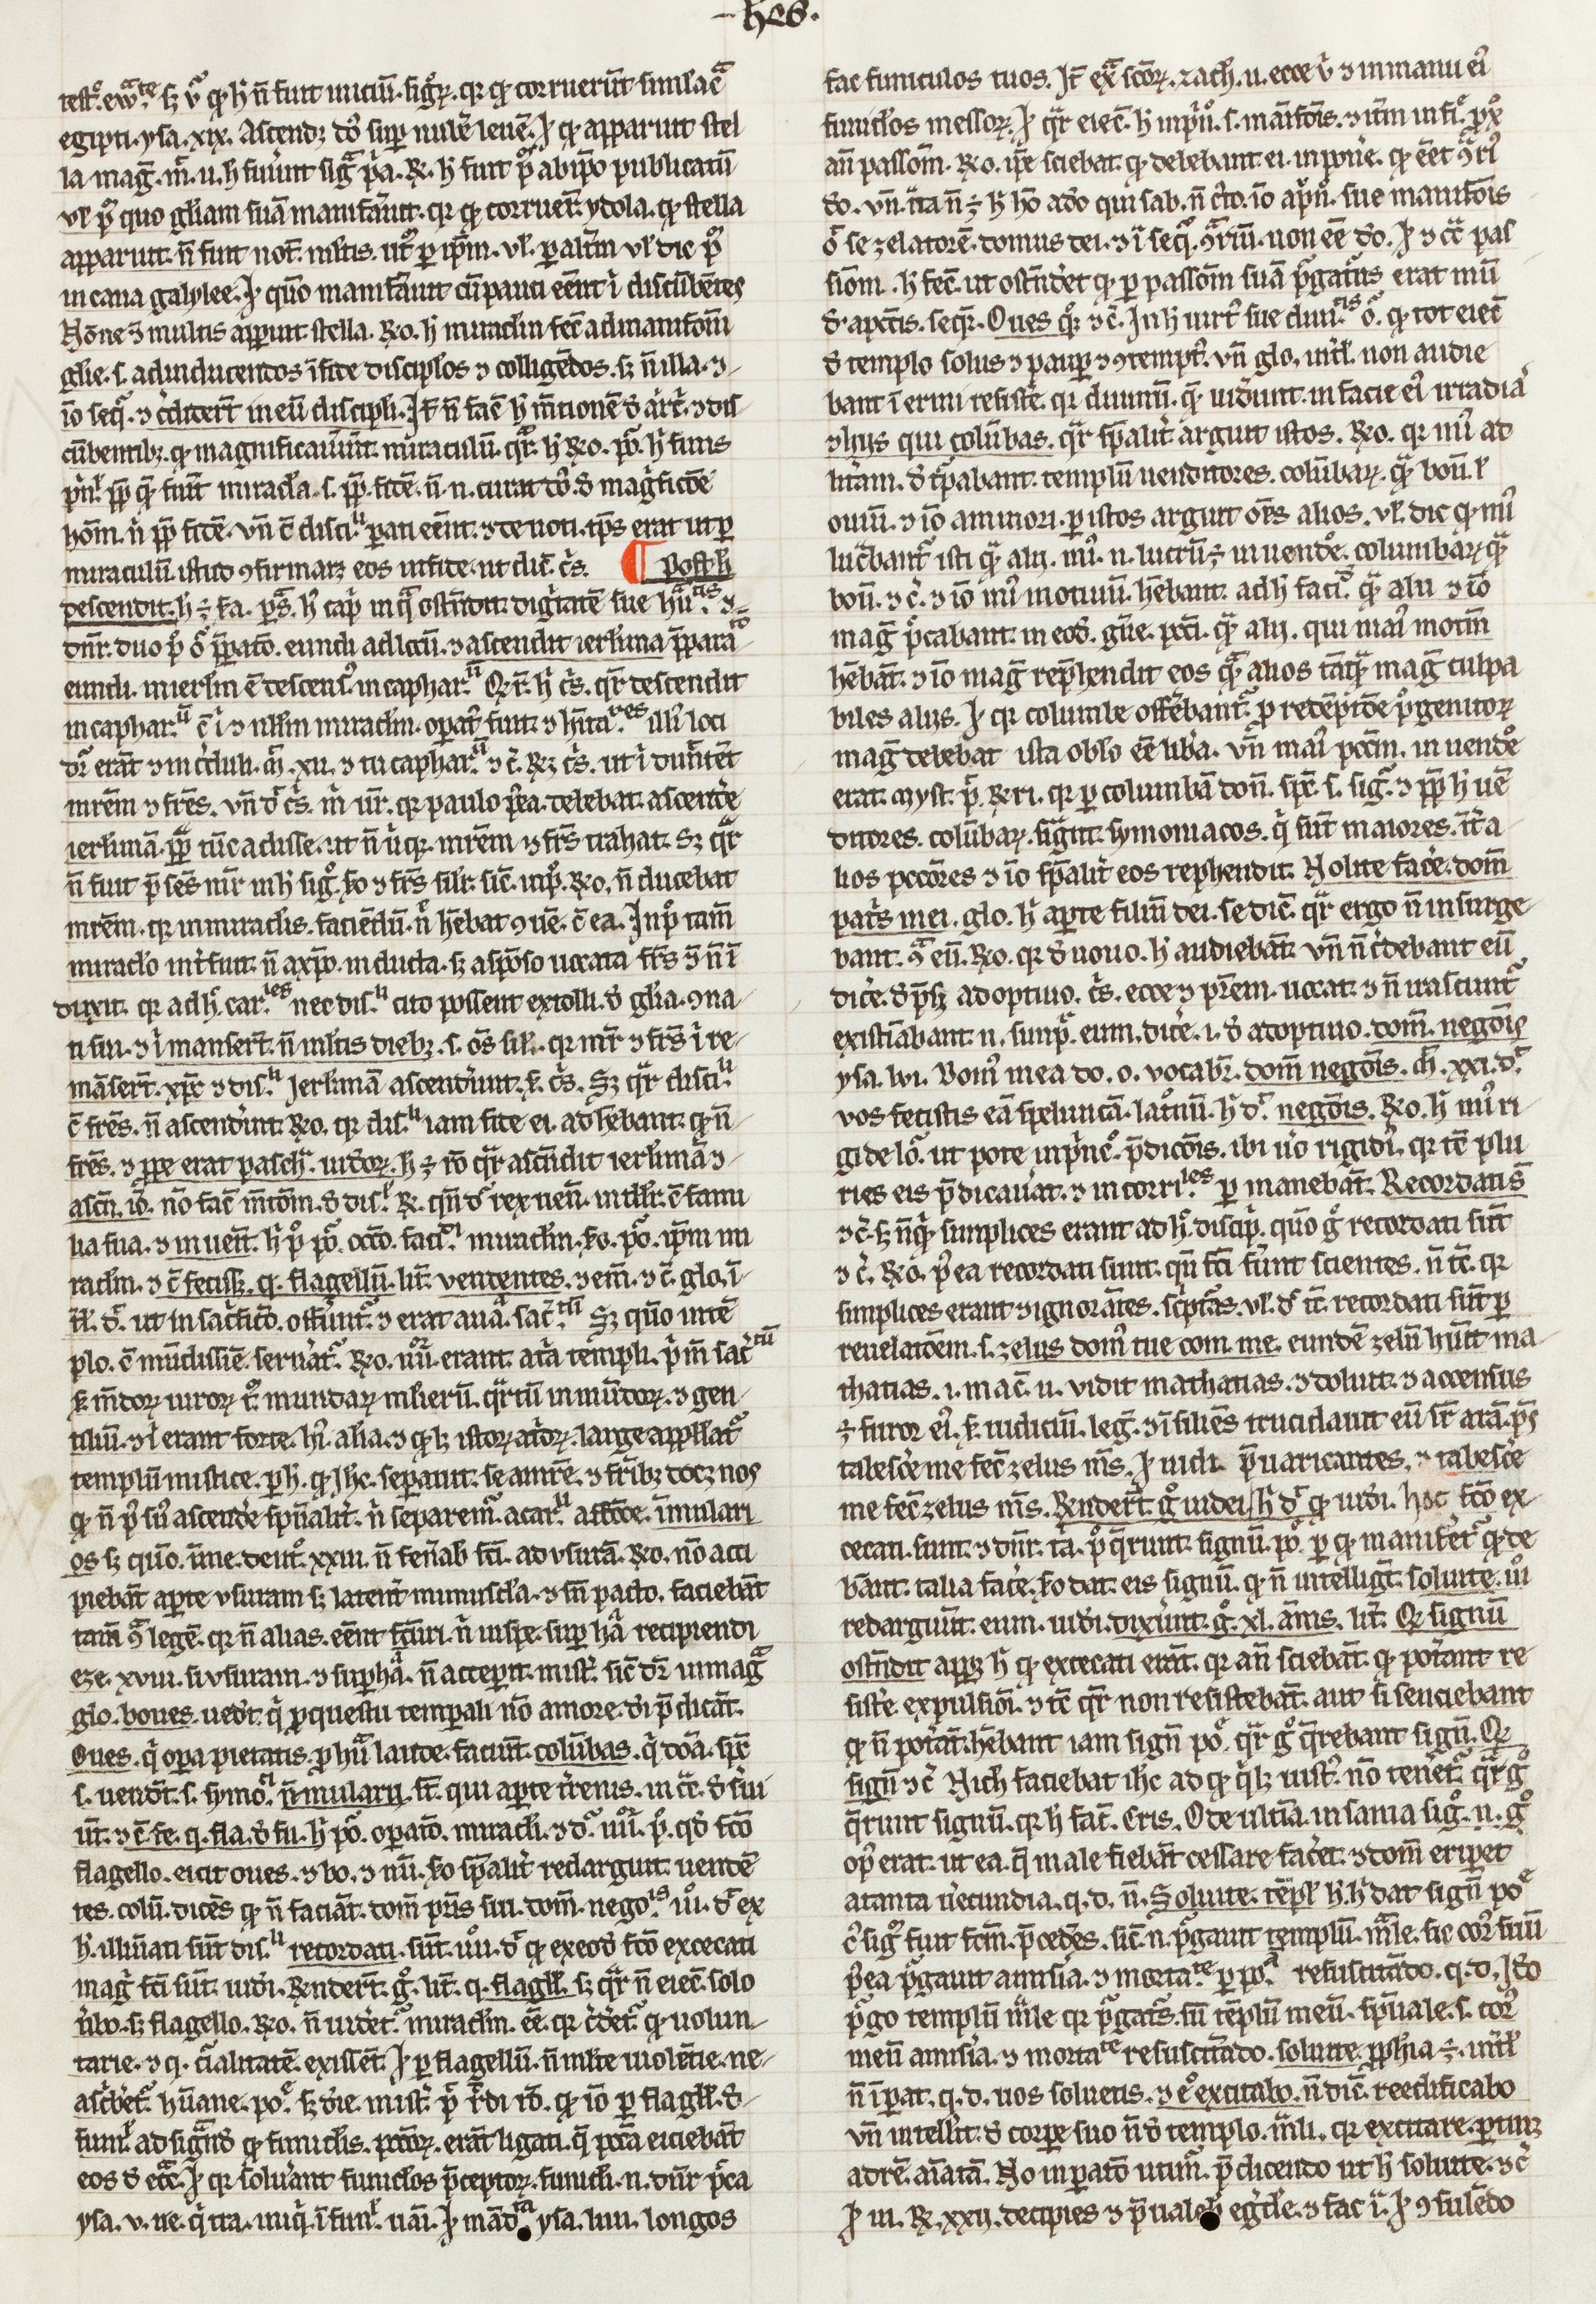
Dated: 1400–1430